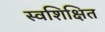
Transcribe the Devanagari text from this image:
स्वशिक्षित